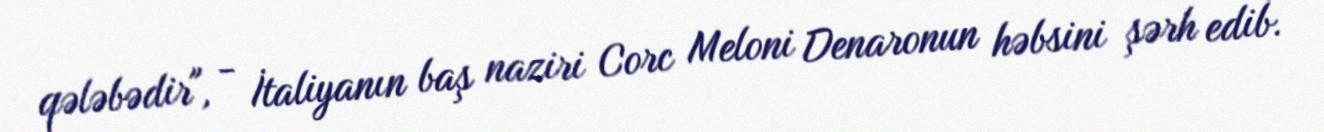
qələbədir", - İtaliyanın baş naziri Corc Meloni Denaronun həbsini şərh edib.